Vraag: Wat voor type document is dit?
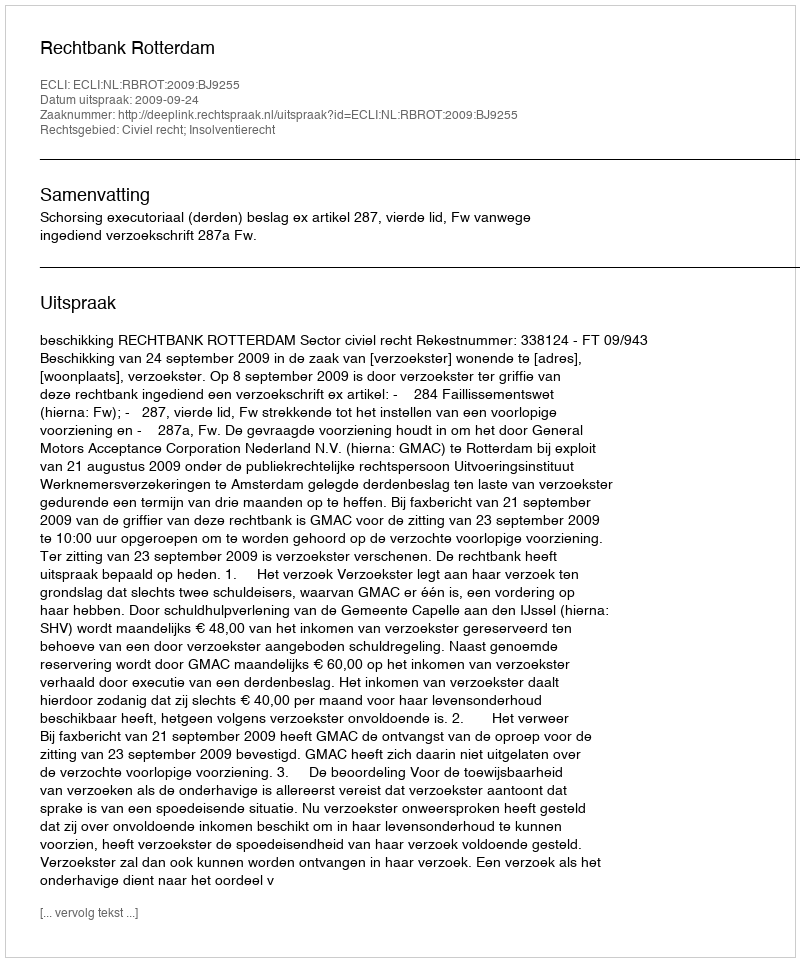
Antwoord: Uitspraak